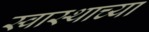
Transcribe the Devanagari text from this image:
स्वास्थाच्या